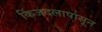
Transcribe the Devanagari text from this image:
किंजदलापासून